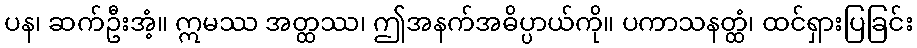
ပန၊ ဆက်ဦးအံ့။ ဣမဿ အတ္ထဿ၊ ဤအနက်အဓိပ္ပာယ်ကို။ ပကာသနတ္ထံ၊ ထင်ရှားပြခြင်း